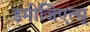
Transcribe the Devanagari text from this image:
इमीजिएत्स्